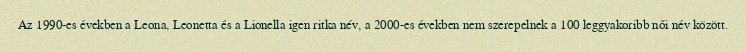
Az 1990-es években a Leona, Leonetta és a Lionella igen ritka név, a 2000-es években nem szerepelnek a 100 leggyakoribb női név között.